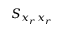
S _ { x _ { r } x _ { r } }